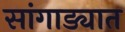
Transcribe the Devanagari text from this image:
सांगाड्यात